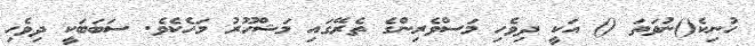
ހުނިކެ()ނުވަތަ () އަކީ ދިވެހި މަސްވެރިންގެ ތެރޭގައި މަޝްހޫރު މަހެކެވެ. ސަބަބަކީ ދިވެހި